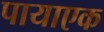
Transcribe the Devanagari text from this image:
पायाएक